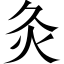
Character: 灸